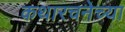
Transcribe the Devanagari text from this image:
कथारचनेच्या